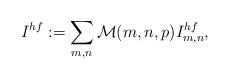
LaTeX: \begin{align*}I^{hf}:=\sum_{m,n}\mathcal{M}(m,n,p)I^{hf}_{m,n},\end{align*}